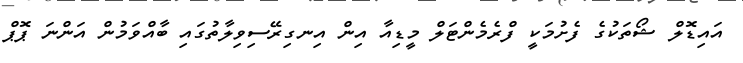
އައިޑޮލް ޝޯތަކުގެ ފެށުމަކީ ފްރެމެންޓަލް މީޑިއާ އިން އިނގިރޭސިވިލާތުގައި ބާއްވަމުން އަންނަ ޕޮޕް